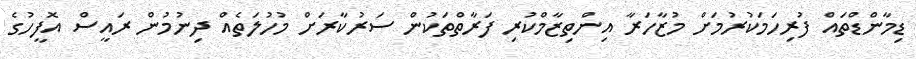
ޑިމާންޑްތައް ފުރިހަމަކުރުމަށް މުޒާހަރާ އިންތިޒާމްކުރި ފަރާތްތަކުން ސަރުކާރަށް މުހުލަތެއް ދިނުމުން ރައީސް އޮފީހުގެ